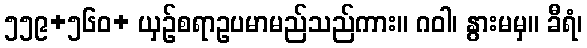
၅၅၉+၅၆၀+ ယှဉ်စရာဥပမာမည်သည်ကား။ ဂဝါ၊ နွားမမှ။ ခီရံ၊